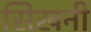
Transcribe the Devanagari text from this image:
सिखनी